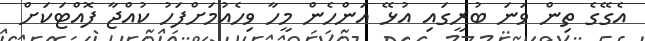
އެގޭގެ ތިން ވަނަ ބުރީގައި އުޅޭ އަންހެން މީހާ ވިހެއުމަށްފަހު ކުއްޖާ ފޮއްޓަކަށް